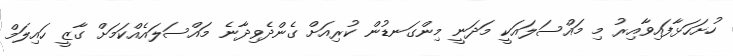
ހުށަހަޅާފައިވާއިރު މި މައްސަލައަކީ މަދަނީ މިންގަނޑުން ކުރިއަށް ގެންދެވިދާނެ މައްސަލައެއްކަމަށް ގާޒީ ހައިލަމް